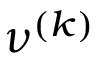
\nu ^ { ( k ) }